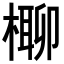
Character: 𣘪